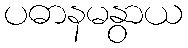
ပဓာနမနွာယ